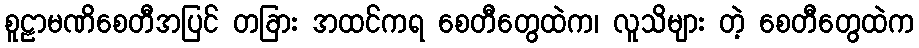
စူဠာမဏိစေတီအပြင် တခြား အထင်ကရ စေတီတွေထဲက၊ လူသိများ တဲ့ စေတီတွေထဲက